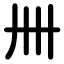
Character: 卌